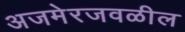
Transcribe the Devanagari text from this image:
अजमेरजवळील